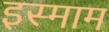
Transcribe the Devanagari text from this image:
इस्माम